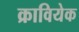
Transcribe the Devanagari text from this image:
क्रावियेक